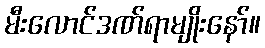
မီးလောင်ဒဏ်ရာမျိုးနော်။